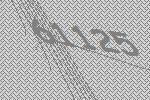
61125